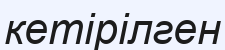
кетірілген